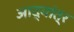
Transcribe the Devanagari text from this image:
आद्यांत्र